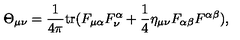
\Theta _ { \mu \nu } = { \frac { 1 } { 4 \pi } } \mathrm { t r } ( F _ { \mu \alpha } F _ { { } \nu } ^ { \alpha } + { \frac { 1 } { 4 } } \eta _ { \mu \nu } F _ { \alpha \beta } F ^ { \alpha \beta } ) ,